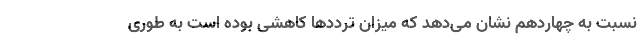
نسبت به چهاردهم نشان می‌دهد که میزان تردد‌ها کاهشی بوده است به طوری